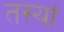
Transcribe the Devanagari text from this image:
तस्यां